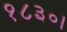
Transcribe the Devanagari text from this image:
१८३०।